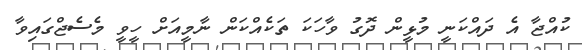
ކުއްޖާ އެ ދައްކަނީ މުޅީން ދޮގު ވާހަކަ ތަކެއްކަން ނާމީއަށް ހީވީ މެސެޖްގައިވާ